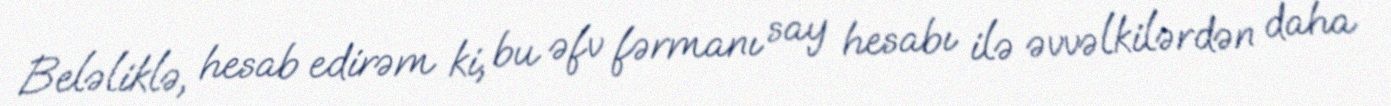
Beləliklə, hesab edirəm ki, bu əfv fərmanı say hesabı ilə əvvəlkilərdən daha